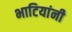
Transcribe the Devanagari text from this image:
भाटियांनी